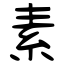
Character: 素